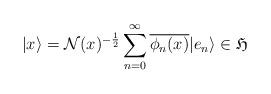
LaTeX: \begin{align*}|x\rangle=\mathcal{N}(x)^{-\frac{1}{2}}\sum_{n=0}^{\infty}\overline{\phi_n(x)}|e_n\rangle\in\mathfrak{H}\end{align*}